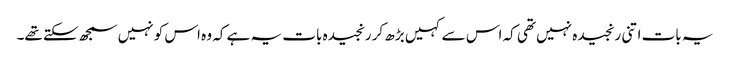
یہ بات اتنی رنجیدہ نہیں تھی کہ اس سے کہیں بڑھ کر رنجیدہ بات یہ ہے کہ وہ اس کو نہیں سمجھ سکتے تھے۔